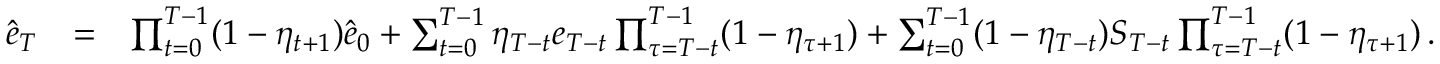
\begin{array} { r l r } { \hat { e } _ { T } } & { = } & { \prod _ { t = 0 } ^ { T - 1 } ( 1 - \eta _ { t + 1 } ) \hat { e } _ { 0 } + \sum _ { t = 0 } ^ { T - 1 } \eta _ { T - t } e _ { T - t } \prod _ { \tau = T - t } ^ { T - 1 } ( 1 - \eta _ { \tau + 1 } ) + \sum _ { t = 0 } ^ { T - 1 } ( 1 - \eta _ { T - t } ) S _ { T - t } \prod _ { \tau = T - t } ^ { T - 1 } ( 1 - \eta _ { \tau + 1 } ) \, . } \end{array}